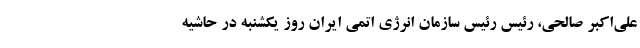
علی‌اکبر صالحی، رئیس رئیس سازمان انرژی اتمی ایران روز یکشنبه در حاشیه